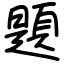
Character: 題